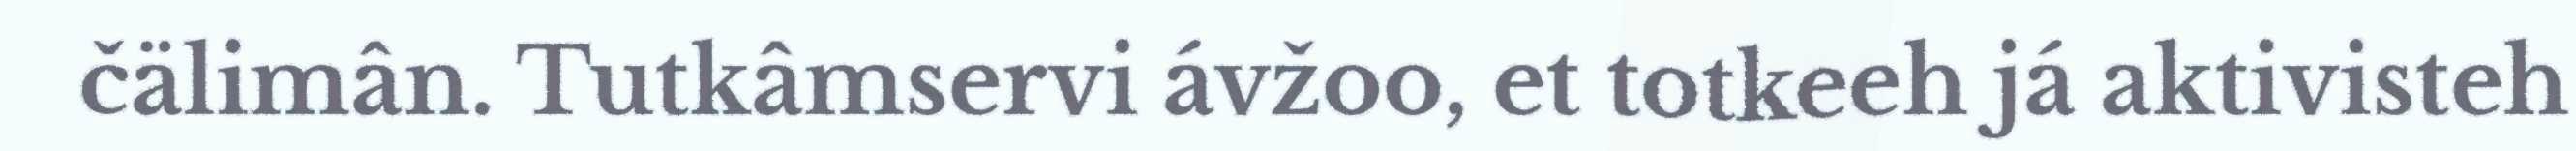
čälimân. Tutkâmservi ávžoo, et totkeeh já aktivisteh